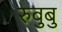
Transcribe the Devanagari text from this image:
रुवुबु